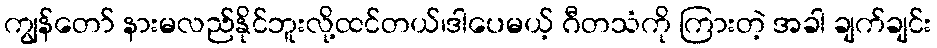
ကျွန်တော် နားမလည်နိုင်ဘူးလို့ထင်တယ်၊ဒါပေမယ့် ဂီတသံကို ကြားတဲ့ အခါ ချက်ချင်း